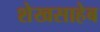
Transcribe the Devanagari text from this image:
शेखसाहेब